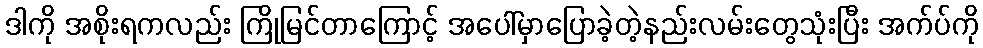
ဒါကို အစိုးရကလည်း ကြိုမြင်တာကြောင့် အပေါ်မှာပြောခဲ့တဲ့နည်းလမ်းတွေသုံးပြီး အက်ပ်ကို